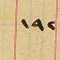
١٩٢